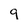
Character: 9